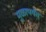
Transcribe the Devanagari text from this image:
मुळापर्यंत